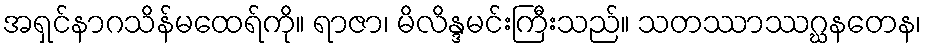
အရှင်နာဂသိန်မထေရ်ကို။ ရာဇာ၊ မိလိန္ဒမင်းကြီးသည်။ သတဿာဿဂ္ဃနတေန၊